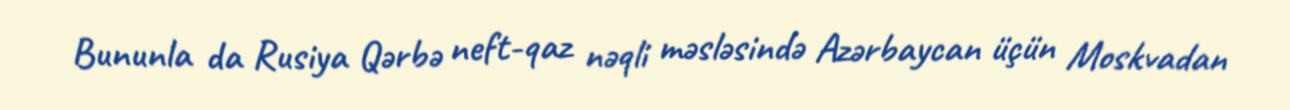
Bununla da Rusiya Qərbə neft-qaz nəqli məsləsində Azərbaycan üçün Moskvadan